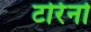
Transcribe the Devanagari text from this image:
टोरेनो